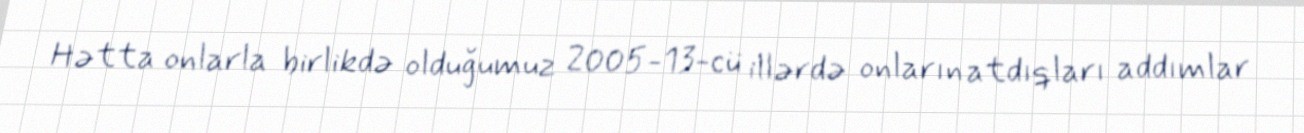
Hətta onlarla birlikdə olduğumuz 2005-13-cü illərdə onların atdıqları addımlar